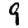
Digit: 9